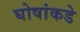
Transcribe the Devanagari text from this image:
घोषांकडे